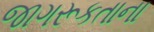
જાગરૂકતાના